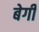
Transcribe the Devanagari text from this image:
बेगी